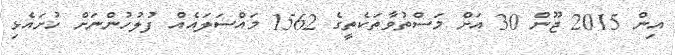
އިން 2015 ޖޫން 30 އަށް މަސްތުވާތަކެތީގެ 1562 މައްސަލައެއް ފުލުހުންނަށް ހުށައެޅި